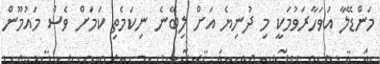
މަންޑޭލާ އަވަހާރަވުމަކީ މި ދުނިޔެ އަށް ލިބޭނެ ނިކަމެތި ކަމަށް ވެސް މައުމޫން